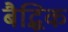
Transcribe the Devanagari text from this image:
बैद्धिक